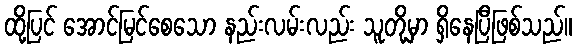
ထို့ပြင် အောင်မြင်စေသော နည်းလမ်းလည်း သူတို့မှာ ရှိနေပြီဖြစ်သည်။